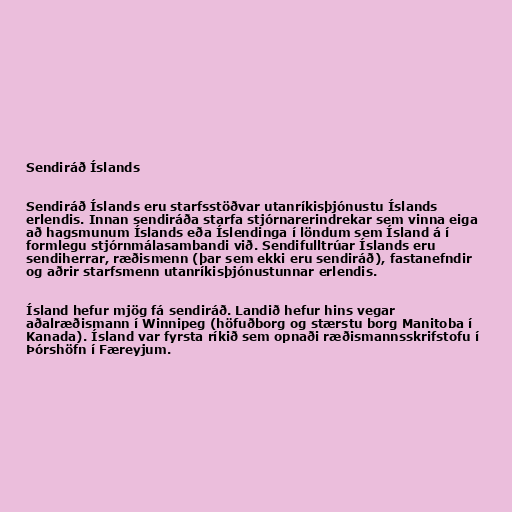
Sendiráð Íslands

Sendiráð Íslands eru starfsstöðvar utanríkisþjónustu Íslands
erlendis. Innan sendiráða starfa stjórnarerindrekar sem vinna eiga
að hagsmunum Íslands eða Íslendinga í löndum sem Ísland á í
formlegu stjórnmálasambandi við. Sendifulltrúar Íslands eru
sendiherrar, ræðismenn (þar sem ekki eru sendiráð), fastanefndir
og aðrir starfsmenn utanríkisþjónustunnar erlendis.

Ísland hefur mjög fá sendiráð. Landið hefur hins vegar
aðalræðismann í Winnipeg (höfuðborg og stærstu borg Manitoba í
Kanada). Ísland var fyrsta ríkið sem opnaði ræðismannsskrifstofu í
Þórshöfn í Færeyjum.